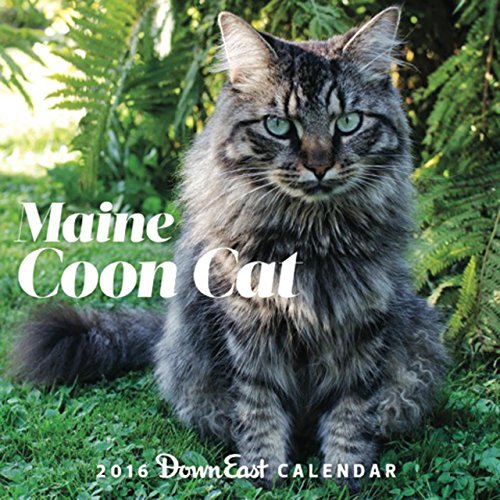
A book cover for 2016 Maine Coon Cat Down East Wall Calendar; Editors of Down East; Calendars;